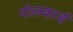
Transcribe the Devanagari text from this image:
पोलकार्ड